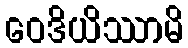
ဝေဒိယိဿာမိ